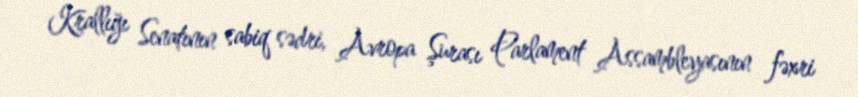
Krallığı Senatının sabiq sədri, Avropa Şurası Parlament Assambleyasının fəxri